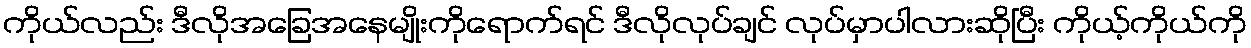
ကိုယ်လည်း ဒီလိုအခြေအနေမျိုးကိုရောက်ရင် ဒီလိုလုပ်ချင် လုပ်မှာပါလားဆိုပြီး ကိုယ့်ကိုယ်ကို